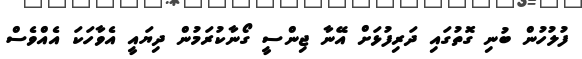
ފުލުހުން ބުނި ގޮތުގައި ދަރިފުޅަށް އޭނާ ޖިންސީ ގޯނާކުރަމުން ދިޔައީ އެވާހަކަ އެއްވެސް